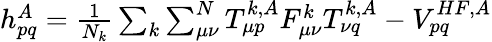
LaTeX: \begin{array}{r}{h_{pq}^{A}=\frac{1}{N_{k}}\sum_{k}\sum_{\mu\nu}^{N}T_{\mu p}^{k,A}F_{\mu\nu}^{k}T_{\nu q}^{k,A}-V_{pq}^{HF,A}}\end{array}